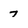
Character: 7